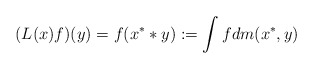
\begin{gather*}(L(x)f)(y)=f(x^**y):=\int f dm(x^*,y)\end{gather*}